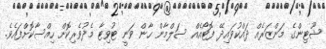
ޝޫޓިންގެ މަންޒަރެއް ދައްކުވައިދޭ ފޮޓޯއެއް ސަލްމާން ހާން ވަނީ ޓުވިޓާ މެދުވެރިކޮށް ހިއްސާކޮށްފައެވެ.